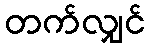
တက်လျှင်